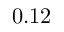
0 . 1 2